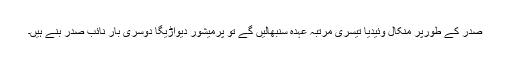
صدر کے طورپر منکال وئیدیا تیسری مرتبہ عہدہ سنبھالیں گے تو پرمیشور دیواڑیگا دوسری بار نائب صدر بنے ہیں۔